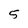
Character: 5